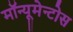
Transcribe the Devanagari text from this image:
मॉन्यूमेन्टोस